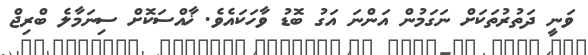
ވަނީ ދަތުރުތަކަށް ނަގަމުން އަންނަ އަގު ބޮޑު ވާހަކައެވެ. ޚާއްސަކޮށް ސިނަމާލެ ބްރިޖް